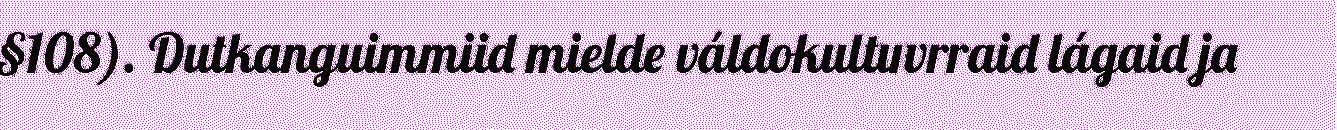
§108). Dutkanguimmiid mielde váldokultuvrraid lágaid ja